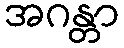
အဂန္တာ